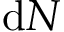
\mathrm { d } N